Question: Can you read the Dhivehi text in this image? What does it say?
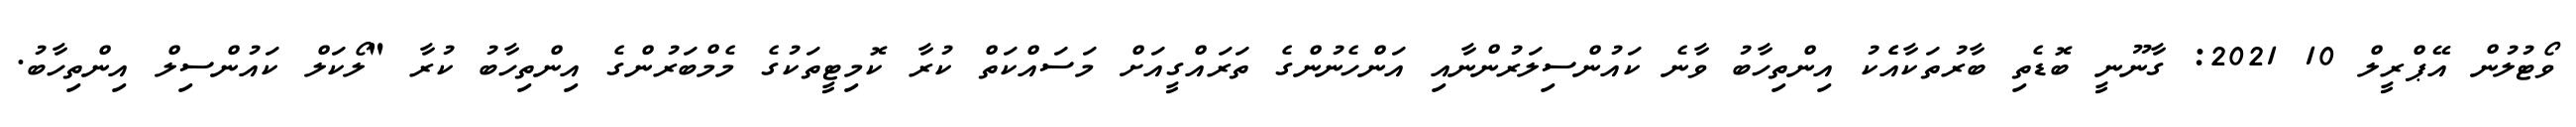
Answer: ވޯޓުލުން އޭޕްރީލް 10 2021: ގާނޫނީ ބޮޑެތި ބާރުތަކާއެެކު އިންތިހާބު ވާނެ ކައުންސިލަރުންނާއި އަންހެނުންގެ ތަރައްގީއަށް މަސައްކަތް ކުރާ ކޮމިޓީތަކުގެ މެމްބަރުންގެ އިންތިހާބު ކުރާ "ލޯކަލް ކައުންސިލް އިންތިހާބު.